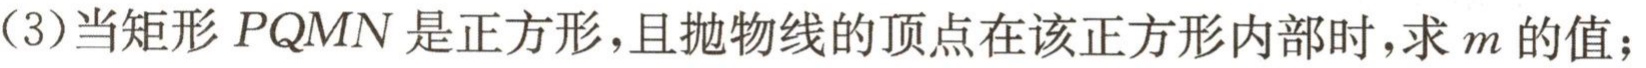
(3)当矩形$PQMN$是正方形，且抛物线的顶点在该正方形内部时，求$m$的值；